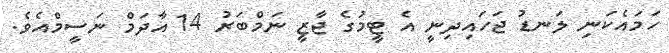
ހަމައެކަނި ލަނޑު ޖަހައިދިނީ އެ ޓީމުގެ ޖާޒީ ނަމްބަރު 14 އާދަމް ނަސީމްއެވެ.